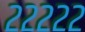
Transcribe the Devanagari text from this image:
२२२२२